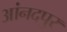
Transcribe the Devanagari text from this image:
आंनदपुर